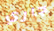
جاري